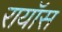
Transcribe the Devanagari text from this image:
रायॉस